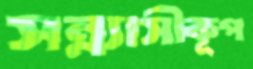
সন্ন্যাসীকূপ